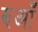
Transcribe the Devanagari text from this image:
रुआँ